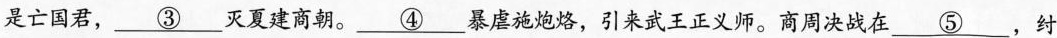
本是亡国君，\underline{③}灭夏建商朝。\underline{④}暴虐施炮烙，引来武王正义师。商周决战在\underline{⑤}，纣